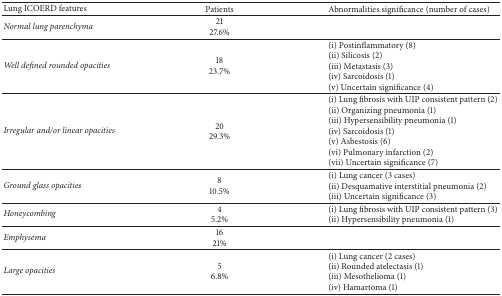
| Lung ICOERD features | Patients | Abnormalities significance (number of cases) |
 | --- | --- | --- |
 | Normal lung parenchyma | 2127.6% |  |
 | Well defined rounded opacities | 1823.7% | (i) Postinflammatory (8)(ii) Silicosis (2)(iii) Metastasis (3)(iv) Sarcoidosis (1)(v) Uncertain significance (4) |
 | Irregular and/or linear opacities | 2029.3% | (i) Lung fibrosis with UIP consistent pattern (2)(ii) Organizing pneumonia (1)(iii) Hypersensibility pneumonia (1)(iv) Sarcoidosis (1)(v) Asbestosis (6)(vi) Pulmonary infarction (2)(vii) Uncertain significance (7) |
 | Ground glass opacities | 810.5% | (i) Lung cancer (3 cases)(ii) Desquamative interstitial pneumonia (2)(iii) Uncertain significance (3) |
 | Honeycombing | 45.2% | (i) Lung fibrosis with UIP consistent pattern (3)(ii) Hypersensibility pneumonia (1) |
 | Emphysema | 1621% |  |
 | Large opacities | 56.8% | (i) Lung cancer (2 cases)(ii) Rounded atelectasis (1)(iii) Mesothelioma (1)(iv) Hamartoma (1) |